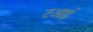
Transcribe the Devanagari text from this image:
टआई